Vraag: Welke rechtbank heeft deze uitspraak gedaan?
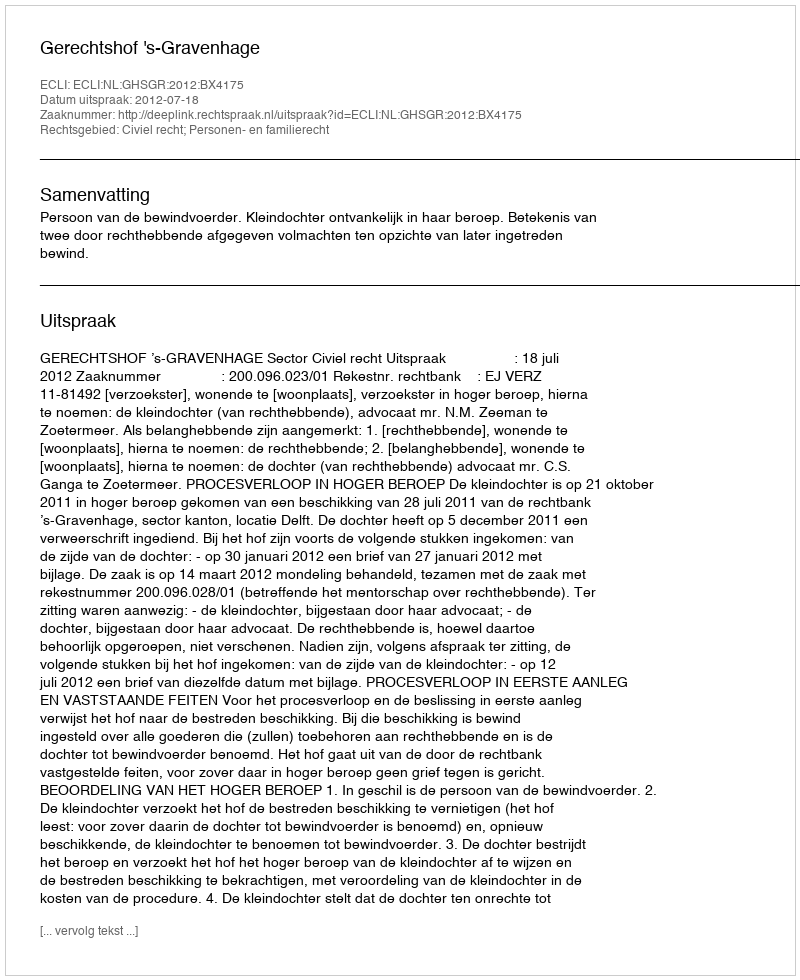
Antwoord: Gerechtshof 's-Gravenhage